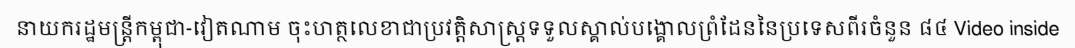
នាយករដ្ឋមន្ត្រីកម្ពុជា-វៀតណាម ចុះហត្ថលេខាជាប្រវត្តិសាស្ត្រទទួលស្គាល់បង្គោលព្រំដែននៃប្រទេសពីរចំនួន ៨៤ Video inside